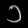
Digit: ၁